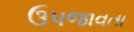
ઉપજાવતા